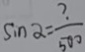
\sin \alpha = \frac { ? } { 5 0 0 }